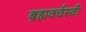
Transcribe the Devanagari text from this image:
ब्रह्मवर्चस्वी